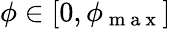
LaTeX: \phi\in[0,\phi_{\mathrm{~m~a~x~}}]